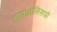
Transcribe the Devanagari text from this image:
डायग्नोसिसप्रो